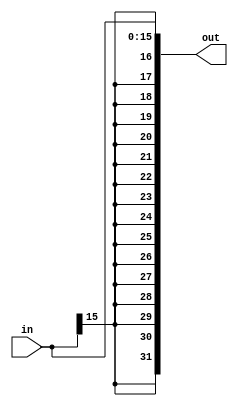
`timescale 1ns / 1ps
////////////////////////////////////////////////////////////////////////////////
// ECE369 - Computer Architecture
// 
// Module - SignExtension.v
// Description - Sign extension module.
////////////////////////////////////////////////////////////////////////////////
module SignExtension (
    in,
    out
);

  /* A 16-Bit input word */
  input [15:0] in;

  /* A 32-Bit output word */
  output reg [31:0] out;

  integer i;

  always @(in) begin
    for (i = 0; i < 32; i = i + 1) begin
      if (i < 16) begin
        out[i] <= in[i];
      end else begin
        out[i] <= in[15];
      end
    end
  end

endmodule